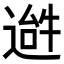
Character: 𬨹